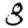
Digit: 8